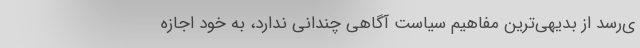
ی‌‌رسد از بدیهی‌ترین مفاهیم سیاست آگاهی چندانی ندارد، به خود اجازه